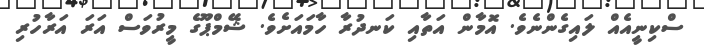
ސްކިނީއެއް ލައިގެންނެވެ. އޮމާން އަތާއި ކަނދުރާ ހާމައަށެވެ. ޝޭމްޕޫގެ މީރުވަސް އަރަ އަރާހުރި